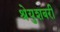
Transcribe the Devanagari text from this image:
श्रेयुशबरी